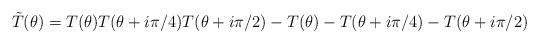
LaTeX: \begin{align*}\tilde{T}(\theta)=T(\theta)T(\theta+i\pi/4)T(\theta+i\pi/2)-T(\theta)-T(\theta+i\pi/4)-T(\theta+i\pi/2)\end{align*}